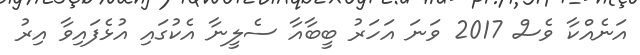
އަނެއްކާ ވެސް 2017 ވަނަ އަހަރު ބީބާއާ ސެލީނާ އެކުގައި އުޅެފައިވާ އިރު